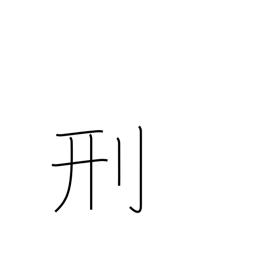
Meaning: punish